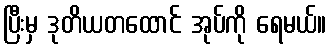
ပြီးမှ ဒုတိယတထောင် အုပ်ကို ရေမယ်။